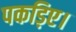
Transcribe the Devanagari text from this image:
पकड़िए।